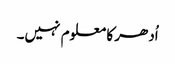
اُدھر کا معلوم نہیں۔